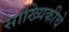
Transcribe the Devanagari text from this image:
सांख्यिकीचे